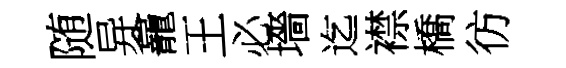
随异龕王必墻迄襟橋彷